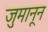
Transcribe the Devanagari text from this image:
जुमानून